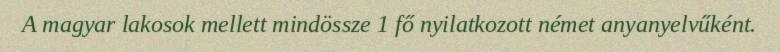
A magyar lakosok mellett mindössze 1 fő nyilatkozott német anyanyelvűként.